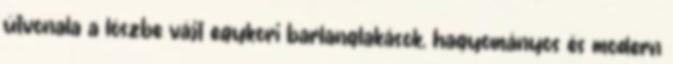
útvonala a löszbe vájt egykori barlanglakások, hagyományos és modern